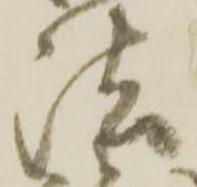
法